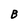
Character: B